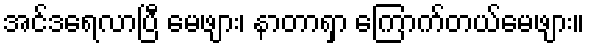
အင်ဒရေလာပြီ မေဖျား၊ နာတာရှာ ကြောက်တယ်မေဖျား။